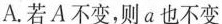
A. 若A不变，则a也不变